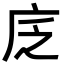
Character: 𢇫